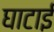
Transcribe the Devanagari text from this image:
घाटाई